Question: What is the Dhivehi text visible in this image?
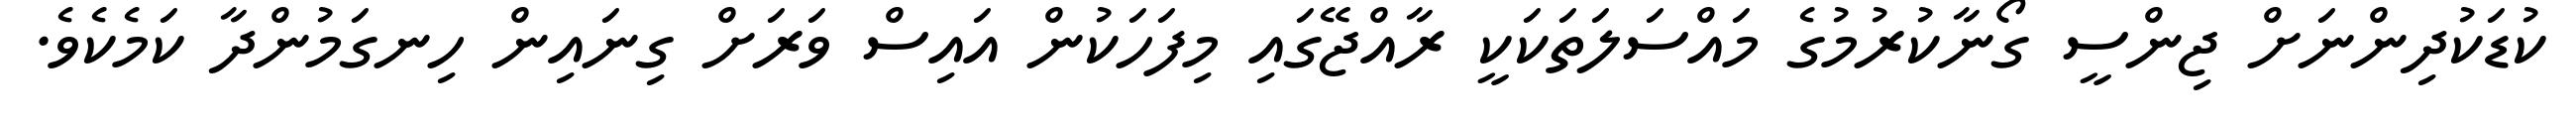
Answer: ކުޑަކުދިންނަށް ޖިންސީ ގޯނާކުރުމުގެ މައްސަލަތަކަކީ ރާއްޖޭގައި މިފަހަކުން އައިސް ވަރަށް ގިނައިން ހިނގަމުންދާ ކަމެކެވެ.